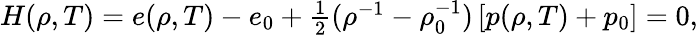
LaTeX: \begin{array}{r}{H(\rho,T)=e(\rho,T)-e_{0}+\frac{1}{2}(\rho^{-1}-\rho_{0}^{-1})\left[p(\rho,T)+p_{0}\right]=0,}\end{array}